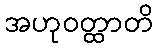
အဟုဝတ္ထာတိ